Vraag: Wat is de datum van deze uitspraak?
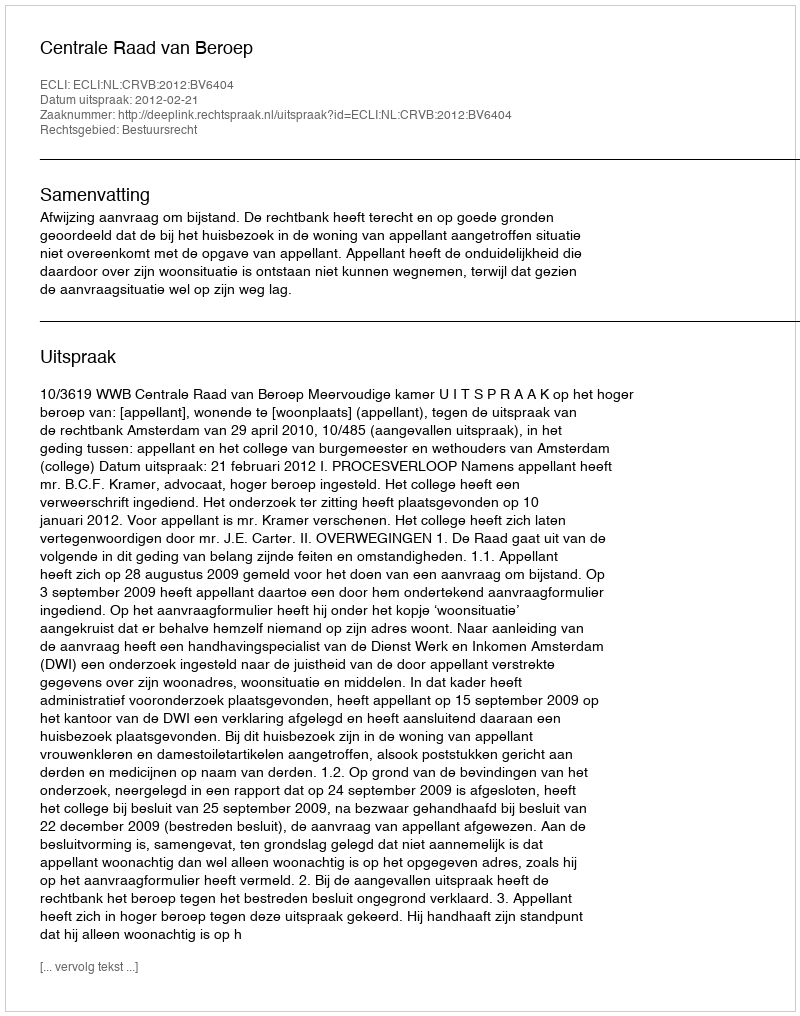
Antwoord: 2012-02-21